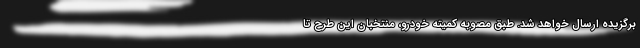
برگزیده ارسال خواهد شد. طبق مصوبه کمیته خودرو، منتخبان این طرح تا